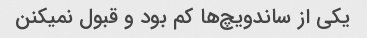
یکی از ساندویچ‌ها کم بود و قبول نمیکنن